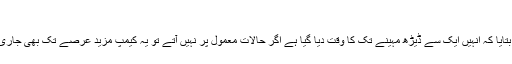
نانک رام
نانک رام نے بتایا کہ انہیں ایک سے ڈیڑھ مہینے تک کا وقت دیا گیا ہے اگر حالات معمول پر نہیں آتے تو یہ کیمپ مزید عرصے تک بھی جاری رہ سکتا ہے۔